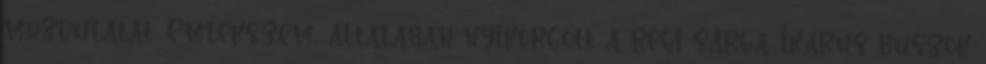
mozdulatát. Emlékszem, általában nyikorgott a régi sárga Ikarus buszok